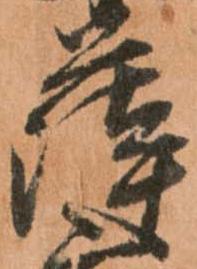
薩